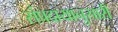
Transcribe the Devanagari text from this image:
संप्रदायानुसारी